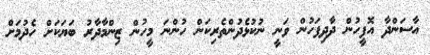
އާސަންދާ އޮފީހުން ދާދިފަހުން ވަނީ ނުކުޅެދުންތެރިކަން ހުންނަ މީހުން ޒިންމާދާރު ބަޔަކަށް ހެދުމަށް